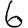
Digit: 6